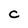
Character: C